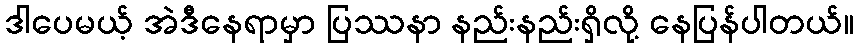
ဒါပေမယ့် အဲဒီနေရာမှာ ပြဿနာ နည်းနည်းရှိလို့ နေပြန်ပါတယ်။